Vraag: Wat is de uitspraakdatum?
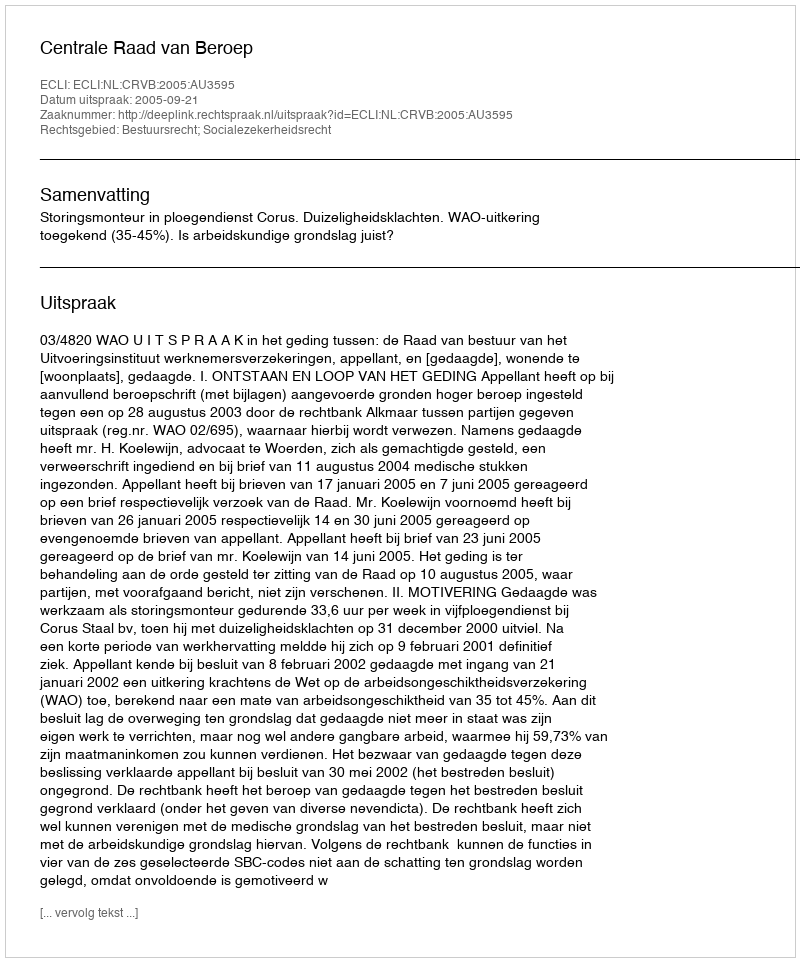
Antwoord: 2005-09-21